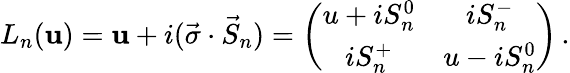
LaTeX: L_{n}(\mathbf{u})=\mathbf{u}+i(\vec{{\sigma}}\cdot\vec{{S}}_{n})=\left(\begin{array}{cc}{{u+iS_{n}^{0}}}&{{iS_{n}^{-}}}\\ {{iS_{n}^{+}}}&{{u-iS_{n}^{0}}}\end{array}\right)\, .